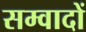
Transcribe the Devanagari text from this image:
सम्वादों